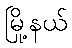
မြို့နယ်